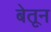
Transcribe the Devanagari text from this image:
बेतून